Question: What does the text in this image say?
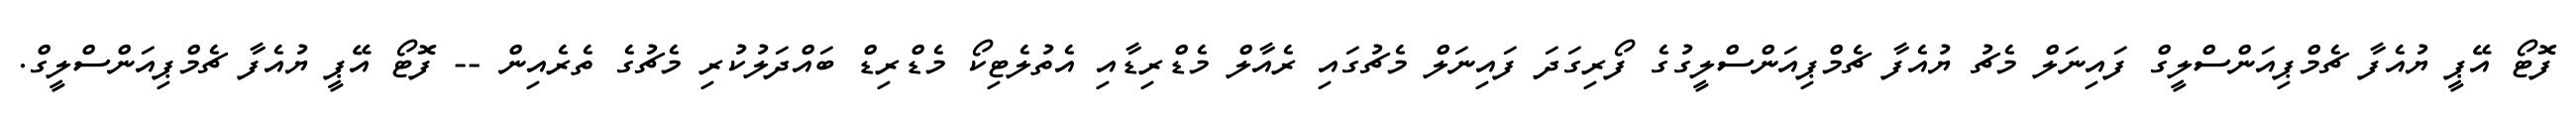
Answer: ފޮޓޯ އޭޕީ ޔުއެފާ ޗެމްޕިއަންސްލީގް ފައިނަލް މެޗު ޔުއެފާ ޗެމްޕިއަންސްލީގުގެ ފޯރިގަދަ ފައިނަލް މެޗުގައި ރެއާލް މެޑްރިޑާއި އެތުލެޓިކޯ މެޑްރިޑް ބައްދަލުކުރި މެޗުގެ ތެރެއިން -- ފޮޓޯ އޭޕީ ޔުއެފާ ޗެމްޕިއަންސްލީގް.